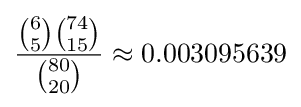
{{{6 \choose 5}{{74} \choose {15}}} \over {80 \choose 20}}\approx 0.003095639